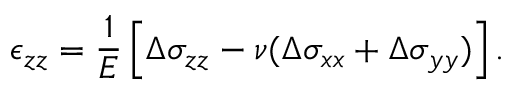
\epsilon _ { z z } = \frac { 1 } { E } \left[ \Delta \sigma _ { z z } - \nu ( \Delta \sigma _ { x x } + \Delta \sigma _ { y y } ) \right] .